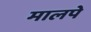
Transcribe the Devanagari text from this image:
मालपे